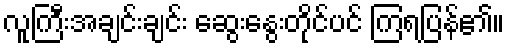
လူကြီးအချင်းချင်း ဆွေးနွေးတိုင်ပင် ကြရပြန်၏။